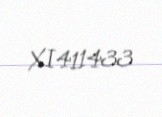
XI411433